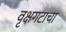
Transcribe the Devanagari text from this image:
वृक्षगटाचा